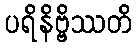
ပရိနိဗ္ဗိဿတိ